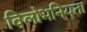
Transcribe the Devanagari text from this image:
विलोभनियता